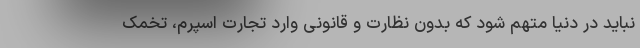
نباید در دنیا متهم شود که بدون نظارت و قانونی وارد تجارت اسپرم، تخمک